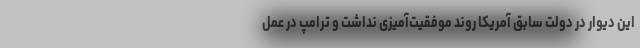
این دیوار در دولت سابق آمریکا روند موفقیت‌آمیزی نداشت و ترامپ در عمل